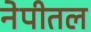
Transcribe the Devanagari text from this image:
नेपीतल